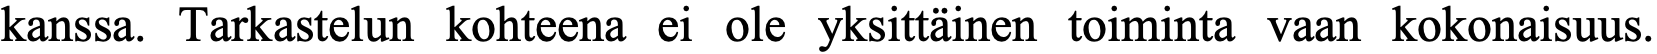
kanssa. Tarkastelun kohteena ei ole yksittäinen toiminta vaan kokonaisuus.